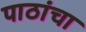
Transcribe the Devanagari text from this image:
पाठांचा